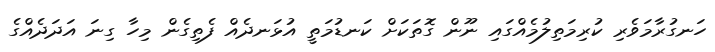
ހަނގުރާމަވެރި ކުރިމަތިލުމެއްގައި ނޫން ގޮތަކަށް ކަނޑުމަތީ އުޅަނދެއް ފެތިގެން މިހާ ގިނަ އަދަދެއްގެ